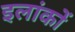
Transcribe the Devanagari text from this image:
इलांकों